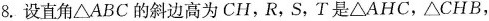
8.设直角\triangle ABC的斜边高为CH，R，S，T是\triangle AHC，\triangle CHB，